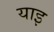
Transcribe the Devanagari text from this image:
याइ